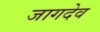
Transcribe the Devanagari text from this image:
जागदेव